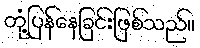
တုံ့ပြန်နေခြင်းဖြစ်သည်။